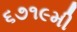
૬૭૧૯મી